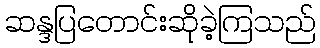
ဆန္ဒပြတောင်းဆိုခဲ့ကြသည်